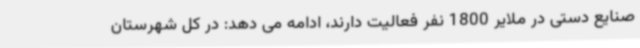
صنایع دستی در ملایر 1800 نفر فعالیت دارند، ادامه می دهد: در کل شهرستان